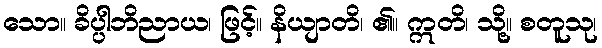
သော။ ခိပ္ပါဘိညာယ၊ ဖြင့်။ နိယျာတိ၊ ၏။ ဣတိ၊ သို့။ စတူသု၊